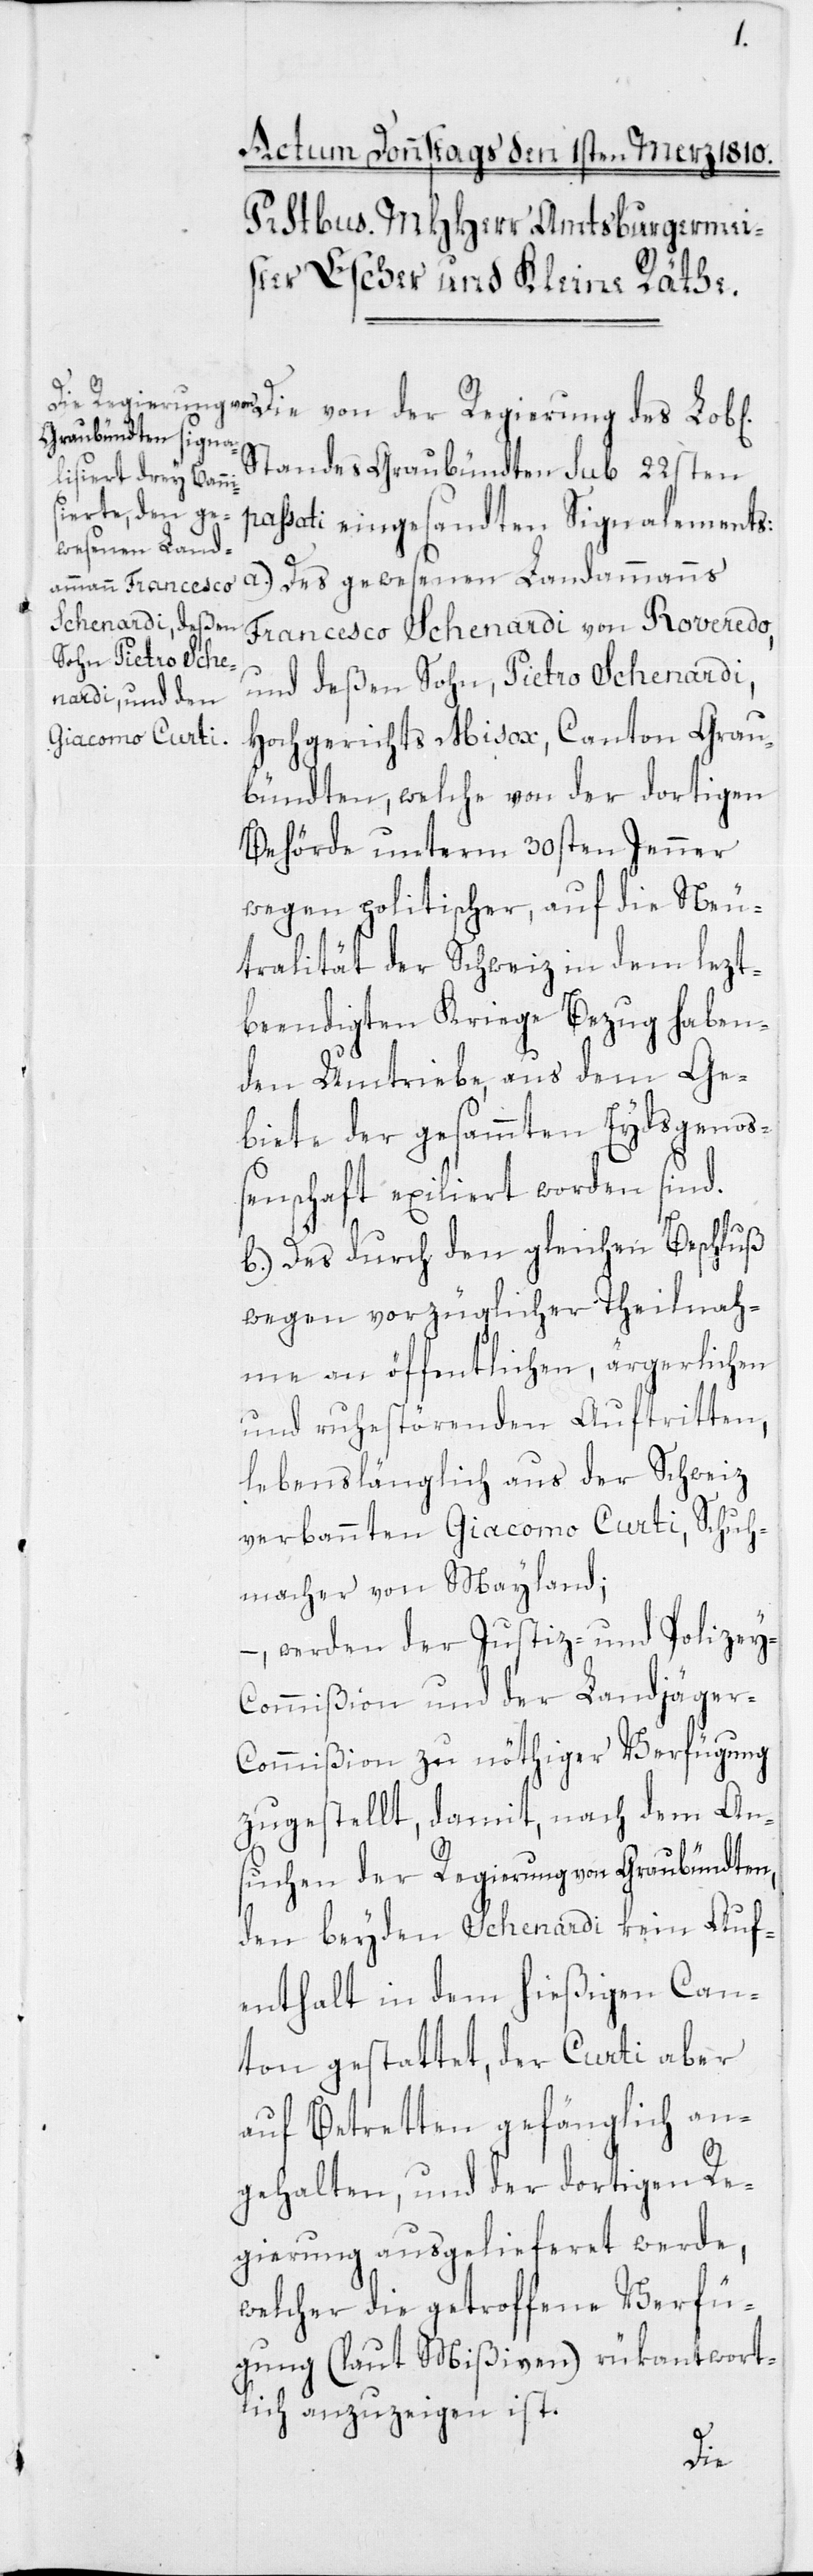
Standes Graubündten sub 22sten
passati eingesandten Signalements:
a) Des gewesenen Landammanns
Francesco Schenardi von Roveredo,
und deßen Sohn, Pietro Schenardi,
Hochgerichts Misox, Canton Grau¬
bündten, welche von der dortigen
Behörde unterm 30sten Jenner
wegen politischer, auf die Neu¬
tralität der Schweiz in dem lezt¬
beendigten Kriege Bezug haben¬
den Umtriebe, aus dem Ge¬
biete der gesammten Eydsgenoß¬
enschaft exiliert worden sind.
b) Des durch den gleichen Beschluß
wegen vorzüglicher Theilnah¬
me an öffentlichen, ärgerlichen
und ruhestörenden Auftritten,
lebenslänglich aus der Schweiz
verbannten Giacomo Curti, Schuh¬
macher von Mayland;
– werden der Justiz- und Polizey-C¬
ommißion und der Landjäge¬
r-Commißion zu nöthiger Verfügung
zugestellt, damit, nach dem An¬
suchen der Regierung von Graubündten,
den beyden Schenardi kein Auf¬
enthalt in dem hießigen Can¬
ton gestattet, der Curti aber
auf Betretten gefänglich an¬
gehalten, und der dortigen Re¬
gierung ausgelieferet werde,
welcher die getroffene Verfü¬
gung (laut Mißiven) rükantwort¬
lich anzuzeigen ist.
Die